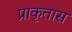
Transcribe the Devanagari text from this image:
प्राकृतास